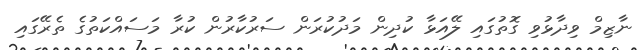
ނާޒިމް ވިދާޅުވި ގޮތުގައި ލޭއަޅާ ކުދިން މަދުކުރަން ސަރުކާރުން ކުރާ މަސައްކަތުގެ ތެރޭގައި